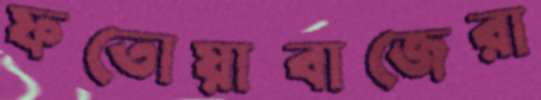
ফতোয়াবাজেরা